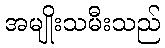
အမျိုးသမီးသည်